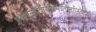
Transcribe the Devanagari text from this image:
भस्ममृन्मधुवारीणिमंत्रतस्तानिवैदश